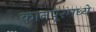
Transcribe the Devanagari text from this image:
कानपूरमध्ये